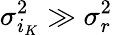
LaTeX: \sigma_{i_{K}}^{2}\gg\sigma_{r}^{2}